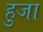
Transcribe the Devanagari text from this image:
हुजा